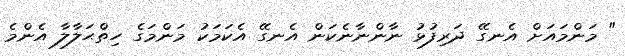
" މަންމައަށް އެނގޭ ދަރިފުޅު ނާންނާނެކަން އެނގޭ އެކަމަކު މަންމަގެ ހިތްޙަލާލާ އެންމެ